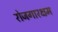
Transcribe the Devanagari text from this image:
रोजगारक्षम